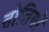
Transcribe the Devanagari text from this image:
बोतियों